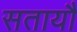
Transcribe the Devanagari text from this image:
सतायौ